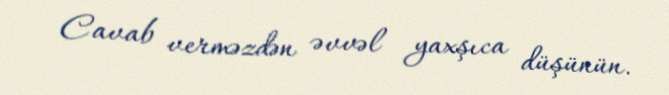
Cavab verməzdən əvvəl yaxşıca düşünün.